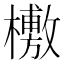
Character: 𣞒